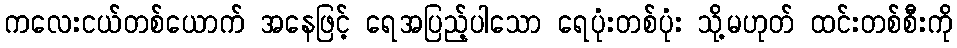
ကလေးငယ်တစ်ယောက် အနေဖြင့် ရေအပြည့်ပါသော ရေပုံးတစ်ပုံး သို့မဟုတ် ထင်းတစ်စီးကို